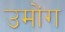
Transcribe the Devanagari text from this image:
उमोंग